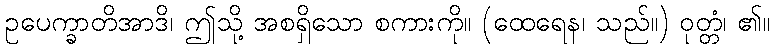
ဥပေက္ခာတိအာဒိ၊ ဤသို့ အစရှိသော စကားကို။ (ထေရေန၊ သည်။) ဝုတ္တံ၊ ၏။